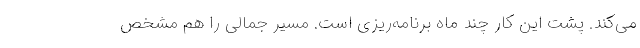
می‌کند. پشت این کار چند ماه برنامه‌ریزی است. مسیر جمالی را هم مشخص